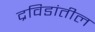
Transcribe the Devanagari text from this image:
द्रविडांतील